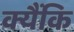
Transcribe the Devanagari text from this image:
क्यैंकि